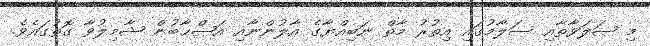
މި ޞަލަވާތާއި ސަލާމުގައި އިތުރު މާތް ނަބިއްޔާގެ އާލުންނާއި އަޞްޙާބުން ޝާމިލުވާ ގޮތުގައެވެ.